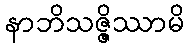
နာဘိသဇ္ဇိဿာမိ